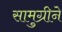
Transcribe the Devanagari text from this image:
सामुग्रीने